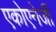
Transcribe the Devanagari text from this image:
एकोएनेर्जी